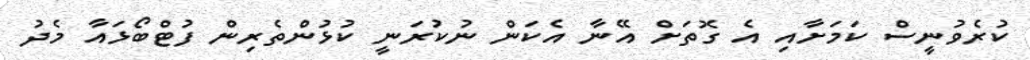
ކުރެވުނީސް ކަމަށާއި އެ ގޮތަށް އޭނާ އެކަން ނުކުރަނީ ކުޅުންތެރިން ފުޓްބޯޅައާ މެދު